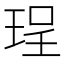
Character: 珵